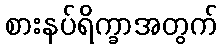
စားနပ်ရိက္ခာအတွက်